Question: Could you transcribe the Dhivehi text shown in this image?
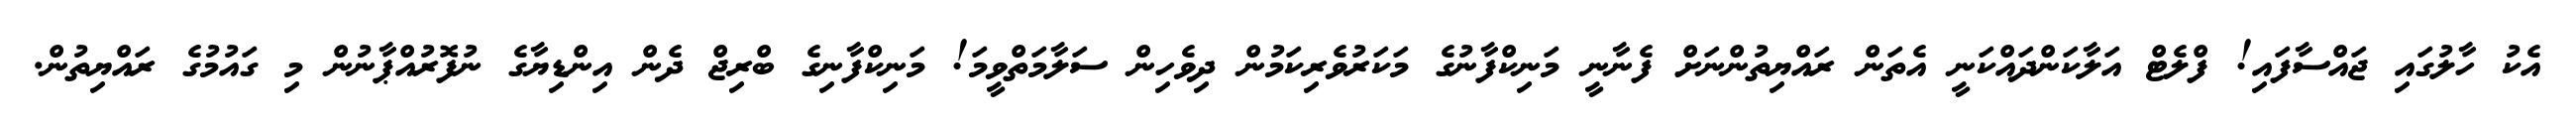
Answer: އެކު ހާލުގައި ޖައްސާފައި! ފްލެޓް އަލާކަންދައްކަނީ އެތަން ރައްޔިތުންނަށް ފެނާނީ މަނިކްފާނުގެ މަކަރުވެރިކަމުން ދިވެހިން ސަލާމަތްވީމަ! މަނިކްފާނިގެ ބްރިޖް ދެން އިންޑިޔާގެ ނުފޮރުއްޕާނުން މި ގައުމުގެ ރައްޔިތުން.